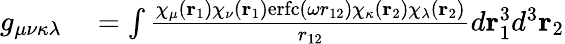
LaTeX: \begin{array}{rl}{g_{\mu\nu\kappa\lambda}}&{{}=\int\frac{\chi_{\mu}(\mathbf{r}_{1})\chi_{\nu}(\mathbf{r}_{1})\mathrm{erfc}(\omega r_{12})\chi_{\kappa}(\mathbf{r}_{2})\chi_{\lambda}(\mathbf{r}_{2})}{r_{12}}d\mathbf{r}_{1}^{3}d^{3}\mathbf{r}_{2}}\end{array}